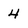
Character: 4